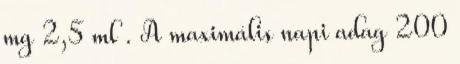
mg 2,5 ml . A maximális napi adag 200